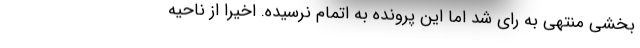
بخشی منتهی به رای شد اما این پرونده به اتمام نرسیده. اخیرا از ناحیه